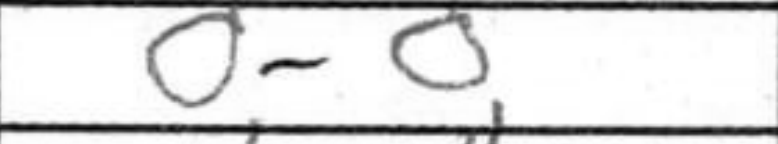
Transcription: O-O